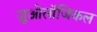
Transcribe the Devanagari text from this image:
ज़ूओलॉजिकल